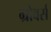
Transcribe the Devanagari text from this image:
ग्रोवर्स